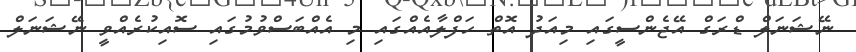
ނޭޝަނަލް ޑްރަގް އޭޖެންސީގައި މިއަދު އޮތް ހަފްލާއެއްގައި މި އެއްބަސްވުމުގައި ސޮއިކުރެއްވީ ނޭޝަނަލް